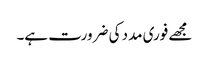
مجھے فوری مدد کی ضرورت ہے۔